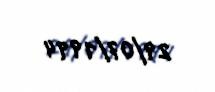
29/07/1994